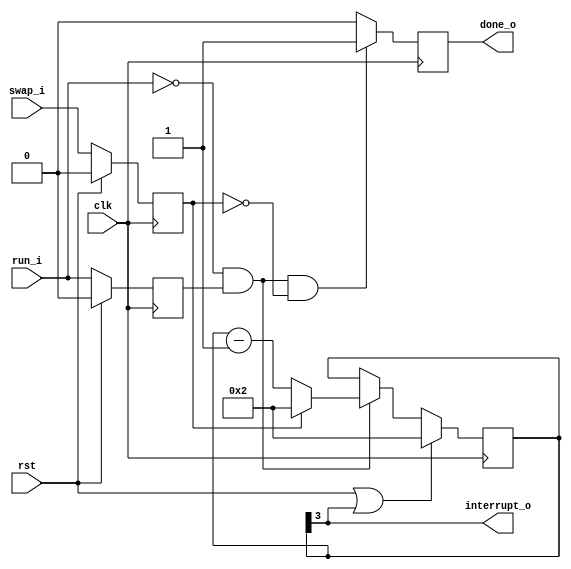
module intgenerator #(parameter N_BITS=8, parameter K_NUMBERS=8)
    (
    input   clk,
    input   rst,
    input   run_i,
    input   swap_i,
    output  done_o,
    output  interrupt_o
    );

    parameter P_PULSES = (2*(K_NUMBERS+11))/(N_BITS+4);
    parameter P_WIDTH = $clog2(P_PULSES)+1;
    
    reg     r_run_delay;
    reg     r_swap_delay;
    reg [P_WIDTH:0]   r_pulses;
    reg     r_done;
    
    always @(posedge clk)
        begin
            if (rst) begin
                r_run_delay <= 1'b0;
                r_swap_delay <= 1'b0;    end
            else begin
                r_run_delay <= run_i;
                r_swap_delay <= swap_i;  end            
        end
        
    always @(posedge clk) 
        begin
            if (rst || (r_pulses[P_WIDTH])) begin
                r_pulses <= P_PULSES - 1;            end
            else if (w_falling_run) begin
                if (~r_swap_delay) begin
                    r_pulses <= r_pulses - 1;        end
                else begin
                    r_pulses <= P_PULSES - 1;        end
                end
        end
    
    always @(posedge clk) 
        begin
            /*if (rst) begin
                r_done <= 1'b0;                      end
            else*/ if (w_falling_run & (~r_swap_delay)) begin
                r_done <= 1'b1;                      end
            else begin
                r_done <= 1'b0;                      end
        end
    
    assign w_falling_run = (~run_i) & r_run_delay;

    assign done_o = r_done;
    assign interrupt_o = r_pulses[P_WIDTH];
        
endmodule